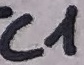
Text: C1